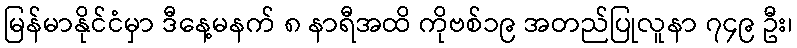
မြန်မာနိုင်ငံမှာ ဒီနေ့မနက် ၈ နာရီအထိ ကိုဗစ်၁၉ အတည်ပြုလူနာ ၇၄၉ ဦး၊